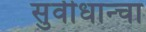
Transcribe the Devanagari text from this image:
सुवीधान्चा